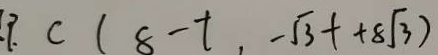
P . C ( 8 - t , - \sqrt { 3 } t + 8 \sqrt { 3 } )